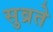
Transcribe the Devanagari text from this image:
सुव्रते